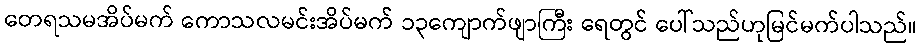
တေရသမအိပ်မက် ကောသလမင်းအိပ်မက် ၁၃ကျောက်ဖျာကြီး ရေတွင် ပေါ်သည်ဟုမြင်မက်ပါသည်။